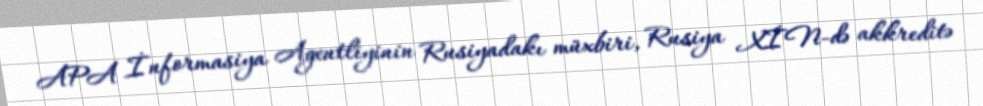
APA İnformasiya Agentliyinin Rusiyadakı müxbiri, Rusiya XİN-də akkreditə